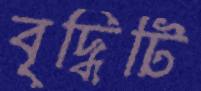
বৃদ্ধিটি